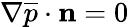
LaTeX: \nabla\overline{{p}}\cdot\mathbf{n}=0